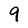
Character: 9